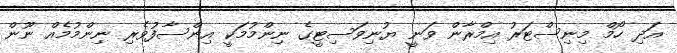
އަދި ހޯމް މިނިސްޓަރު އިމްރާން ވަނީ ޔުނިވަސިޓީގެ ނިންމުމަކީ އިންސާފުވެރި ނިންމުމެއް ނޫން